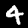
Digit: 4